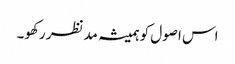
اس اصول کو ہمیشہ مدنظر رکھو۔